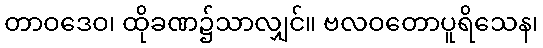
တာဝဒေဝ၊ ထိုခဏ၌သာလျှင်။ ဗလဝတောပူရိသေန၊